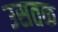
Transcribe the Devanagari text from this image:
उसतक